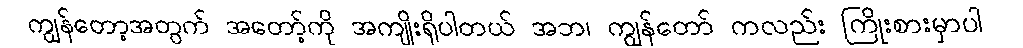
ကျွန်တော့အတွက် အတော့်ကို အကျိုးရှိပါတယ် အဘ၊ ကျွန်တော် ကလည်း ကြိုးစားမှာပါ